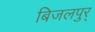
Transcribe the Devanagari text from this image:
बिजलपुर्